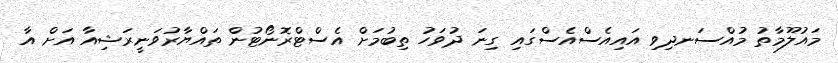
މައުލޫމާތު މުއްސަނދިވި އައިއެސްއެސްގައި ގިނަ ދުވަހު ތިބުމަށް އެސްޓްރޮނޯޓުން ތައްޔާރުވަނީރަޝިއާ އަށް އާ